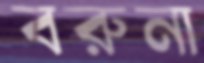
বরুনা